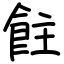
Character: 飳